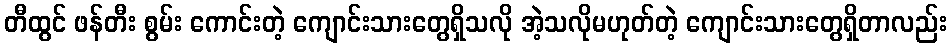
တီထွင် ဖန်တီး စွမ်း ကောင်းတဲ့ ကျောင်းသားတွေရှိသလို အဲ့သလိုမဟုတ်တဲ့ ကျောင်းသားတွေရှိတာလည်း